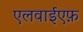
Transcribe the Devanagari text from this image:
एलवाईएफ़